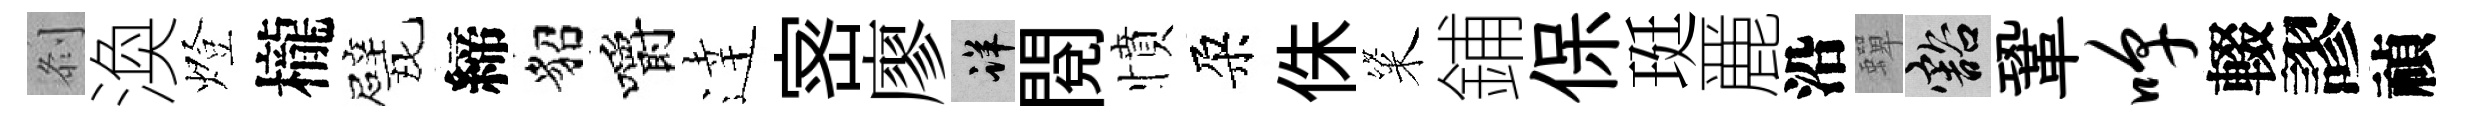
𠛴渙燈櫳甓締貂嚼逹宻廖详閲憤朶侏粢鋪保珽䴡沿蟬豁鞏嗥輟謬禎